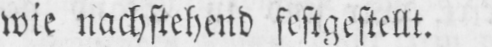
wie nachstehend festgestellt.